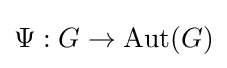
\Psi :G\to \operatorname {Aut} (G)